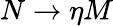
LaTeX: N\rightarrow\eta M